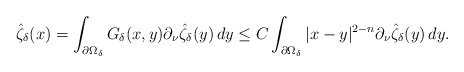
\begin{align*}\hat \zeta_\delta(x)=\int_{\partial \Omega_\delta} G_\delta(x,y)\partial_\nu \hat \zeta_\delta(y)\, dy\leq C\int_{\partial \Omega_\delta}|x-y|^{2-n}\partial_\nu\hat \zeta_\delta(y)\, dy.\end{align*}